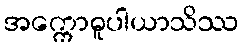
အက္ကောဓူပါယာသိဿ